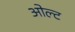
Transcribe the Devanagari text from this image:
ओल्ट